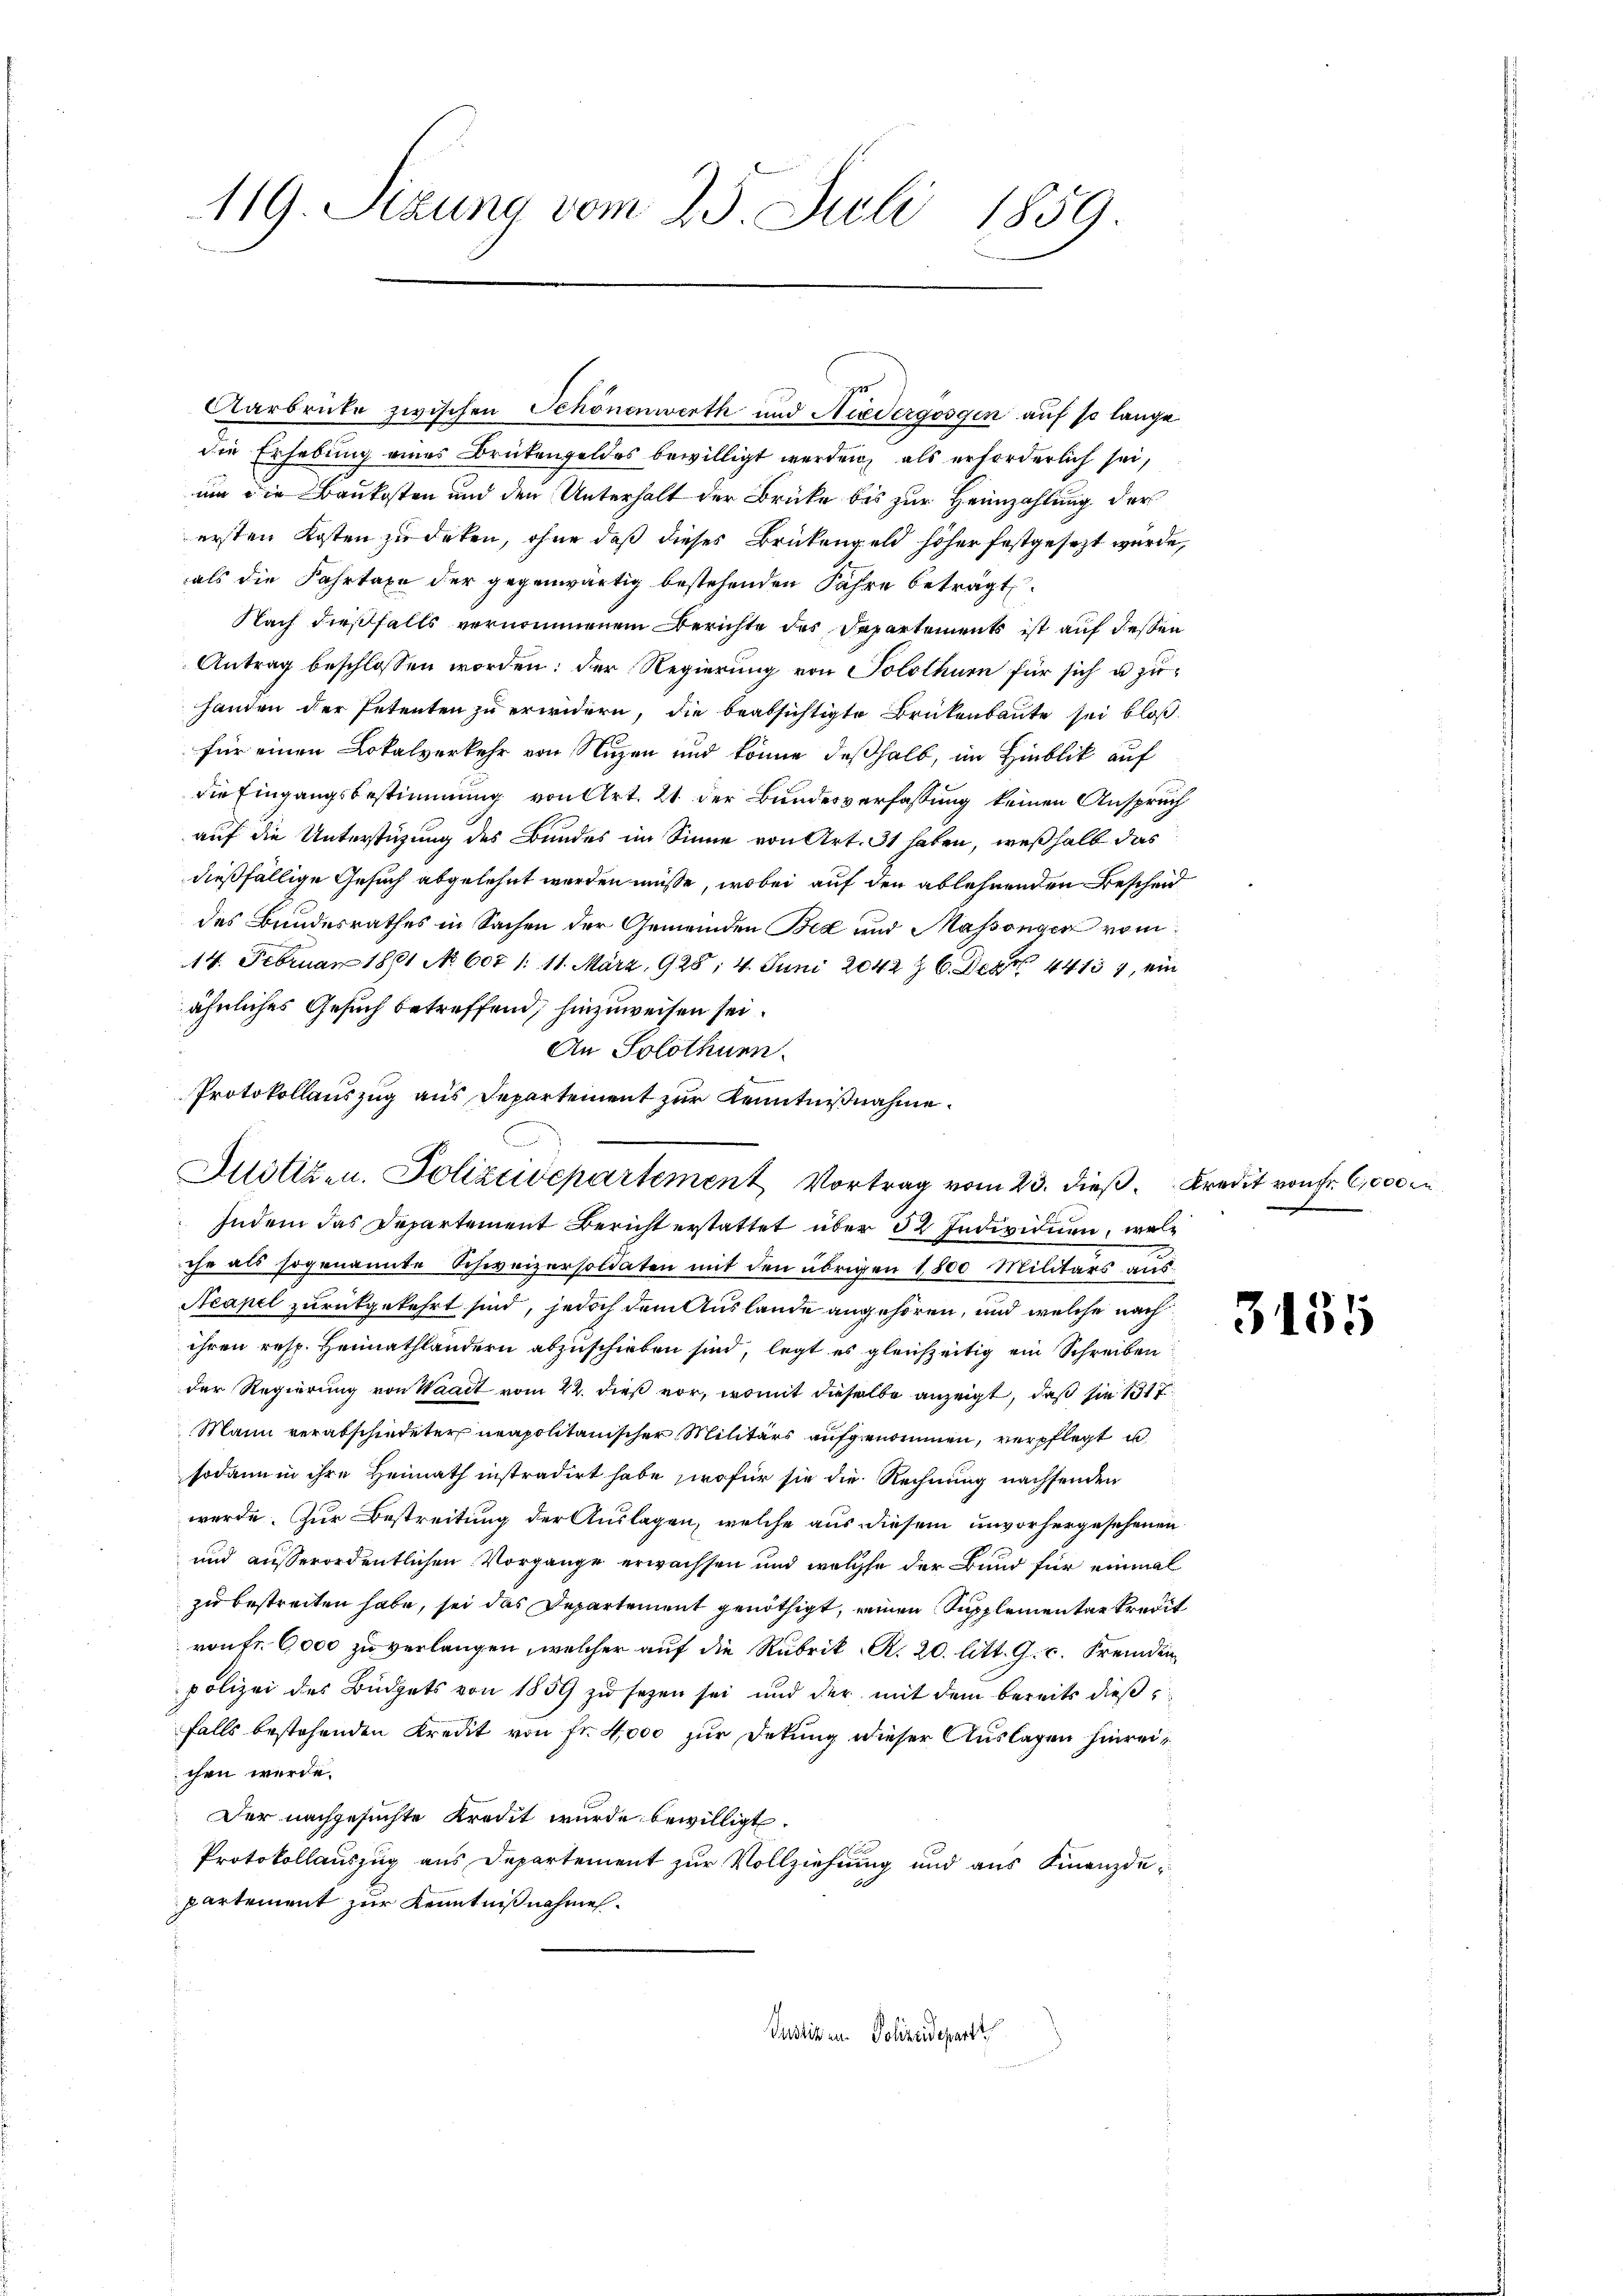
119. Sizung vom 23. Juli 1859.

die Erhebung eines Brückenfeldes bewilligt werden, als erforderlich sei,
um die Baukosten und den Unterhalt der Brücke bis zur Heimzahlung der
ersten Kosten zu deken, ohne daß dieses Brükengeld höher festgesezt wurde,
als die Fahrtaxe der gegenwärtig bestehenden Jahre beträgt.
Nach dießfalls vernommenem Berichte des Departements ist auf dessen
Antrag beschlossen worden: der Regierung von Solothurn für sich u. zuhanden der Petenten zu erwidern, die beabsichtigte Brückenbaute sei bloß
für einen Lokalverkehr von Nuzen und könne deßhalb, im Hinblik auf
die Eingangsbestimmung von Art. 21 der Bundesverfassung keinen Anspruch
auf die Unterstüzung des Bundes im Sinne von Art. 31 haben, weßhalb das
dießfällige Gesuch abgelehnt werden müsse, wobei auf den ablehnenden Bescheid
des Bundesrathes in Sachen der Gemeinden Bed und Maßsönger vom
14. Februar 1891 No 607 1: 11. März, 1928, 4. Juni 2042 § 6. Der 44134, ein
ähnliches Gesuch betreffend, hinzuweisen sei.
An Solothurn.
Protokollauszug aus Departement zur Kenntnißnahme.

zu
Aarbrücke zwischen Schönenwerth und Niedergossen auf so lange

Mötizen. Polizeidepartement Vortrag vom 23. dieß. Kredit von Fr. 6000

Indem das Departement Bericht erstattet über 32 Individuen, wen
che als sogenannte Schweizersoldaten mit den übrigen 1800 Militärs aus
Acapel zurückgekehrt sind, jedoch dem Auslande angehören, und welche nach
ihren resp. Heimathlandern abzuschieben sind, legt es gleichzeitig ein Schreiben
der Regierung von Waadt vom 22. dieß vor, womit dieselbe anzeigt, daß sie 1517
Mann verabschiedeter neapolitanischer Militärs aufgenommen, verpflegt u
sodann in ihre Heimath instradirt habe, wofür sie die Rechnung nachsenden
werde. Zur Bestreitung der Auslagen, welche aus diesem unvorhergesehenen
und außerordentlichen Vorgange erwachsen und welche der Bund für einmal
zu bestreiten habe, sei das Departement genöthigt, einen Supplementar Kredit
von fr. 6000 zu verlangen, welcher auf die Rubrik A. 20. litt. G. c. fremden
polizei des Büdgets von 1859 zu sezen sei und der mit dem bereits dießfalls bestehenden Kredit von Fr. 4000 zur Detung dieser Auslagen hinreichen werde.
Der nachgesuchte Kredit wurde bewilligt.
Protokollauszug aus Departement zur Vollziehung und aus Finanzdepartement zur Kenntnißnahmen.
Justiken. Polizeideparti

3135